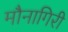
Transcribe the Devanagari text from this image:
मौनागिरी